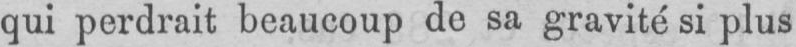
qui perdrait beaucoup de sa gravité si plus